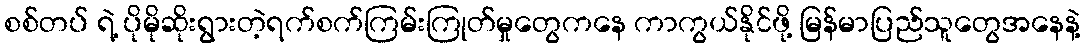
စစ်တပ် ရဲ့ ပိုမိုဆိုးရွားတဲ့ရက်စက်ကြမ်းကြုတ်မှုတွေကနေ ကာကွယ်နိုင်ဖို့ မြန်မာပြည်သူတွေအနေနဲ့